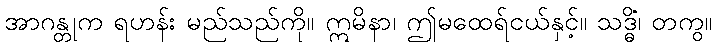
အာဂန္တုက ရဟန်း မည်သည်ကို။ ဣမိနာ၊ ဤမထေရ်ငယ်နှင့်။ သဒ္ဓိံ၊ တကွ။